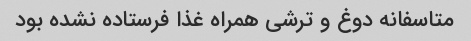
متاسفانه دوغ و ترشی همراه غذا فرستاده نشده بود